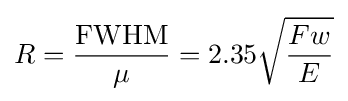
R={\frac {\mathrm {FWHM} }{\mu }}=2.35{\sqrt {\frac {Fw}{E}}}